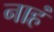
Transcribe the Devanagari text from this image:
नाहं